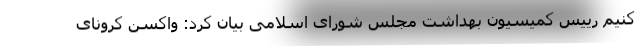
کنیم رییس کمیسیون بهداشت مجلس شورای اسلامی بیان کرد: واکسن کرونای